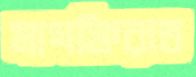
মাগফিরাত